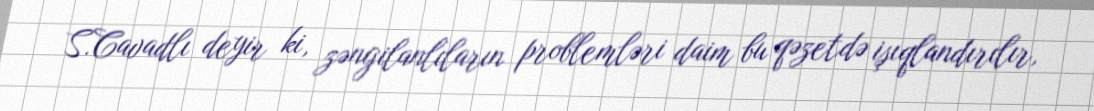
S.Cavadlı deyir ki, zəngilanlıların problemləri daim bu qəzetdə işıqlandırılır,